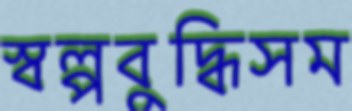
স্বল্পবুদ্ধিসম